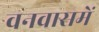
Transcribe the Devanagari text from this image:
वनवासमें